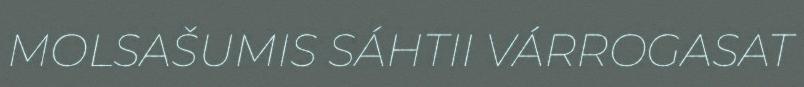
MOLSAŠUMIS SÁHTII VÁRROGASAT